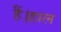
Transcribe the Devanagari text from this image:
हैं।हाल